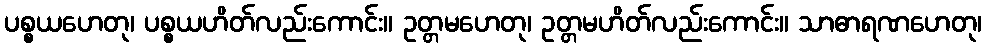
ပစ္စယဟေတု၊ ပစ္စယဟိတ်လည်းကောင်း။ ဥတ္တမဟေတု၊ ဥတ္တမဟိတ်လည်းကောင်း။ သာဓာရဏဟေတု၊